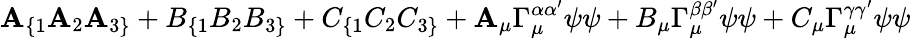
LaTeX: \mathbf{A}_{\{ 1}\mathbf{A}_{2}\mathbf{A}_{3\} }+B_{\{ 1}B_{2}B_{3\} }+C_{\{ 1}C_{2}C_{3\} }+\mathbf{A}_{\mu}\Gamma_{\mu}^{\alpha\alpha^{\prime}}\psi\psi+B_{\mu}\Gamma_{\mu}^{\beta\beta^{\prime}}\psi\psi+C_{\mu}\Gamma_{\mu}^{\gamma\gamma^{\prime}}\psi\psi